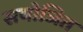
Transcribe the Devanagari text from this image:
सयोजित